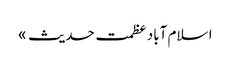
ا سلام آباد	عظمت حدیث »